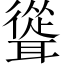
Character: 聳